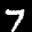
Label: 7